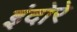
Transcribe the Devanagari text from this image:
इंदोरे